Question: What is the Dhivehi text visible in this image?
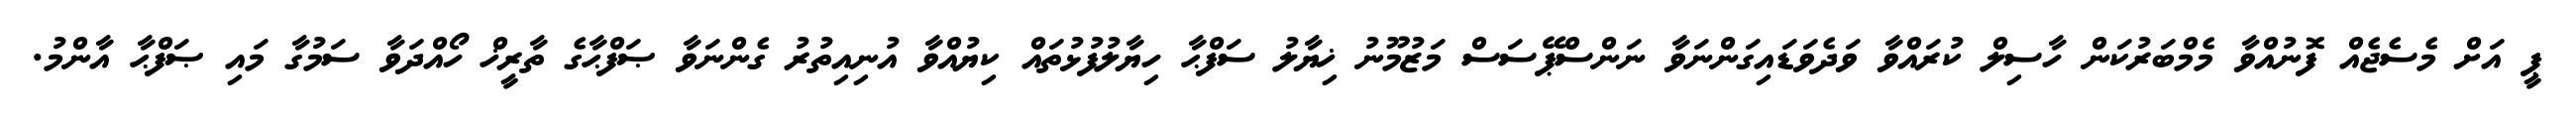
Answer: ޕީ އަށް މެސެޖެއް ފޮނުއްވާ މެމްބަރުކަން ހާސިލް ކުރައްވާ ވަދެވަޑައިގަންނަވާ ނަންސްޕޭސަސް މަޒުމޫނު ޚިޔާލު ސަފްޙާ ހިޔާލުފުޅުތައް ކިޔުއްވާ އުނިއިތުރު ގެންނަވާ ޞަފްޙާގެ ތާރީޚް ހޯއްދަވާ ސަމުގާ މައި ޞަފްޙާ އާންމު.